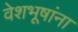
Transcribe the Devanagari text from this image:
वेशभूषांना